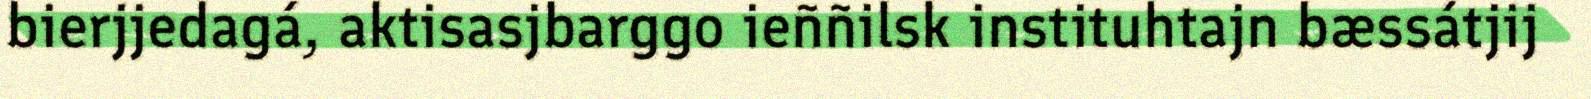
bierjjedagá, aktisasjbarggo ieññilsk instituhtajn bæssátjij